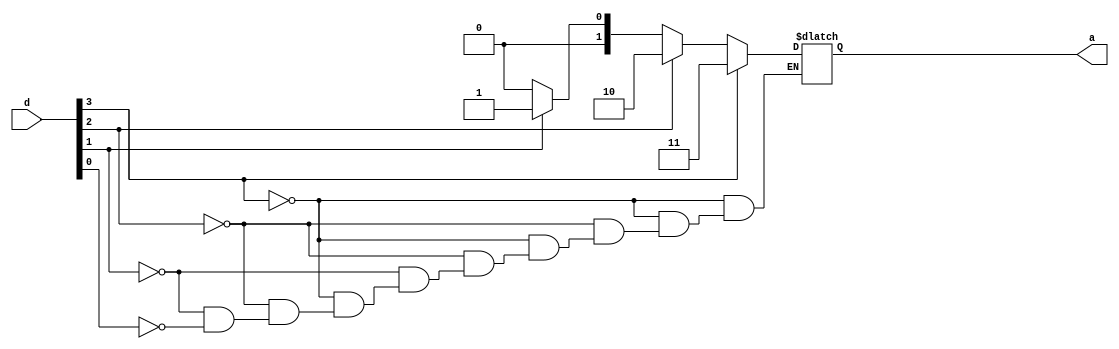
`timescale 1ns / 1ps
//////////////////////////////////////////////////////////////////////////////////
// Company: 
// Engineer: 
// 
// Design Name: 
// Module Name:    priorityEncode42 
// Project Name: 
// Target Devices: 
// Tool versions: 
// Description: 
//
// Dependencies: 
//
// Revision: 
// Revision 0.01 - File Created
// Additional Comments: 
//
//////////////////////////////////////////////////////////////////////////////////
module priorityEncode42(a,d
    );
input [3:0]d;
output reg [1:0]a;
always @(d)
	begin
	if(d[3]==1) begin a=2'b11; end
	else if(d[2]==1) begin a=2'b10;end 
	else if(d[1]==1) begin a=2'b01;end
	else if(d[0]==1) begin a=2'b00;end
		
	end	
endmodule